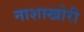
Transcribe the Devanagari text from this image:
नाशाखोरी